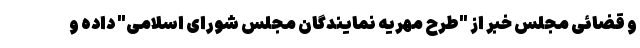
و قضائی مجلس خبر از "طرح مهریه نمایندگان مجلس شورای اسلامی" داده و